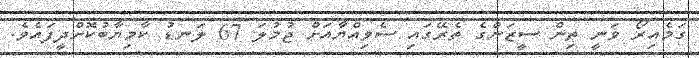
ގަމެއިރޯ ވަނީ ތިން ސީޒަންގެ ތެރޭގައި ސެވިއްޔާއަށް ޖުމުލަ 67 ލަނޑު ކާމިޔާބުކޮށްދީފައެވެ.